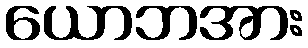
ယောဘအား